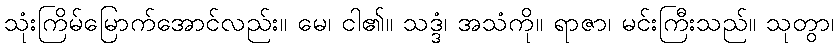
သုံးကြိမ်မြောက်အောင်လည်း။ မေ၊ ငါ၏။ သဒ္ဒံ၊ အသံကို။ ရာဇာ၊ မင်းကြီးသည်။ သုတွာ၊